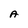
Character: A